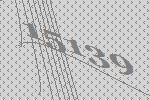
15139